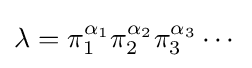
\lambda =\pi _{1}^{\alpha _{1}}\pi _{2}^{\alpha _{2}}\pi _{3}^{\alpha _{3}}\cdots